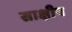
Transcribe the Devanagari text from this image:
साक्षीय